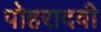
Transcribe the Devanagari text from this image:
पोहरादवी